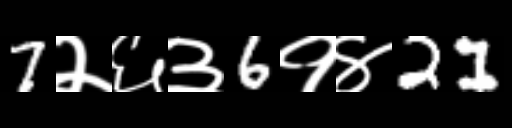
Text: 7२६३6१४21